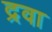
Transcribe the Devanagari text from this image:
द्रवा